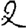
Digit: 2